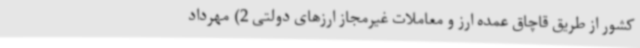
کشور از طریق قاچاق عمده ارز و معاملات غیرمجاز ارزهای دولتی 2) مهرداد